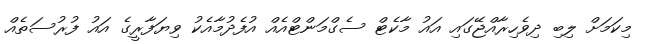
މިކަމަށް ލިބި ދިވެހިރާއްޖޭގައި އައު މާކެޓް ސެގްމަންޓްއެއް އުފެދުމާއެކު ވިޔަފާރީގެ އައު ފުރުސަތެއް